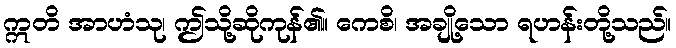
ဣတိ အာဟံသု၊ ဤသို့ဆိုကုန်၏။ ကေစိ၊ အချို့သော ရဟန်းတို့သည်။